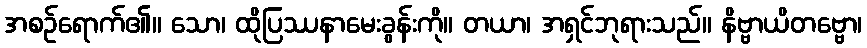
အစဉ်ရောက်၏။ သော၊ ထိုပြဿနာမေးခွန်းကို။ တယာ၊ အရှင်ဘုရားသည်။ နိဗ္ဗာယိတဗ္ဗော၊